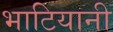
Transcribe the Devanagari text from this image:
भाटियानी